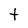
Character: t